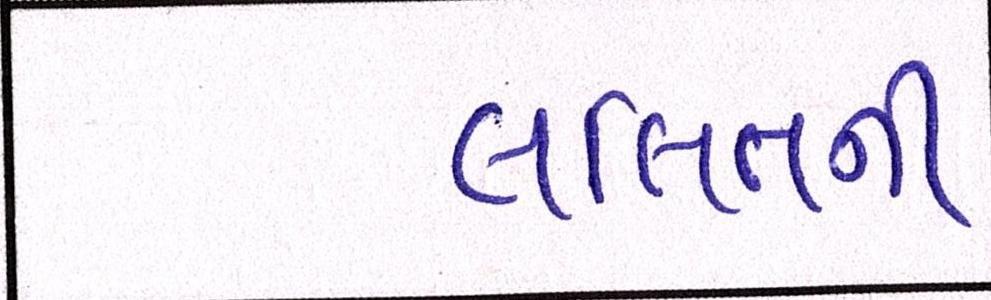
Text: લલિતની